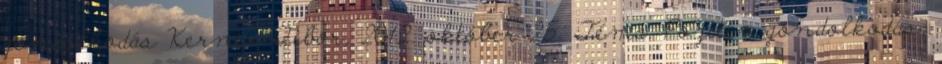
gondolkodás Kerner Tibor, 2012. október 25. Téma: Pozitív gondolkodás,